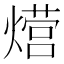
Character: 𮳸